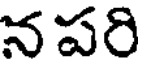
న పరి